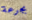
بجرعة